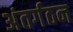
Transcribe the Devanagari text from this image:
अंतर्गठन